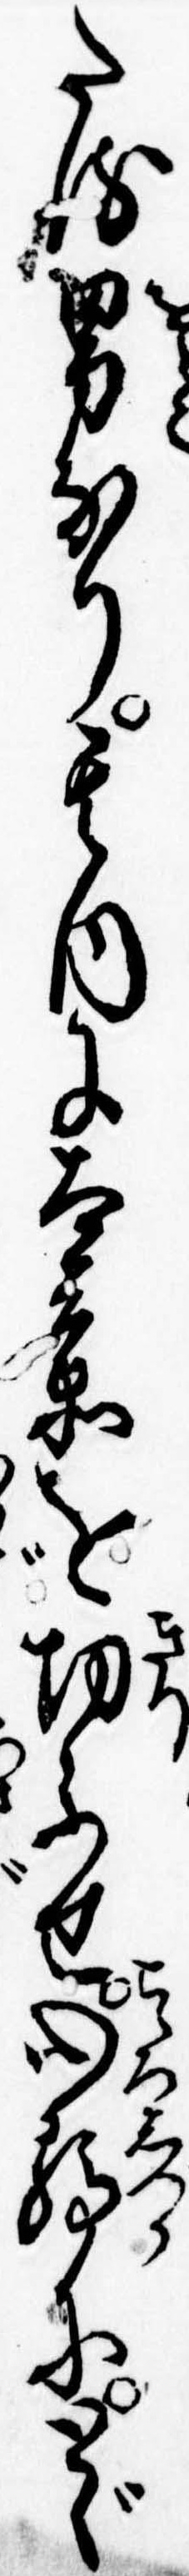
たる男なり其内に太兵衛を切ふせ心静にとゞ